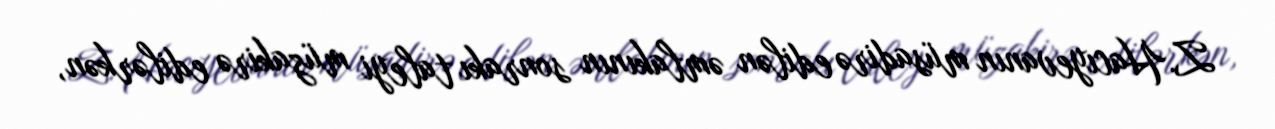
Z.Hacıyevanın müsadirə edilən əmlakının sonrakı taleyi müzakirə edilərkən,